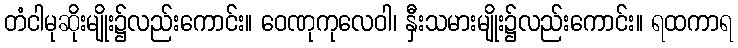
တံငါမုဆိုးမျိုး၌လည်းကောင်း။ ဝေဏုကုလေဝါ၊ နှီးသမားမျိုး၌လည်းကောင်း။ ရထကာရ